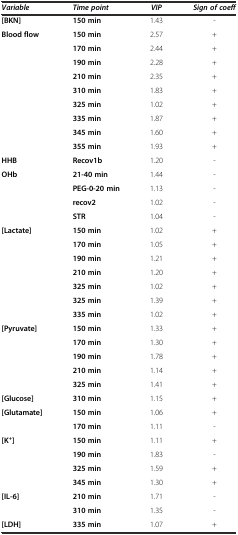
| Variable | Time point | VIP | Sign of coeff |
 | --- | --- | --- | --- |
 | [BKN] | 150 min | 1.43 | - |
 | Blood flow | 150 min | 2.57 | + |
 |  | 170 min | 2.44 | + |
 |  | 190 min | 2.28 | + |
 |  | 210 min | 2.35 | + |
 |  | 310 min | 1.83 | + |
 |  | 325 min | 1.02 | + |
 |  | 335 min | 1.87 | + |
 |  | 345 min | 1.60 | + |
 |  | 355 min | 1.93 | + |
 | HHB | Recov1b | 1.20 | - |
 | OHb | 21-40 min | 1.44 | - |
 |  | PEG-0-20 min | 1.13 | - |
 |  | recov2 | 1.02 | - |
 |  | STR | 1.04 | - |
 | [Lactate] | 150 min | 1.02 | + |
 |  | 170 min | 1.05 | + |
 |  | 190 min | 1.21 | + |
 |  | 210 min | 1.20 | + |
 |  | 325 min | 1.02 | + |
 |  | 325 min | 1.39 | + |
 |  | 335 min | 1.02 | + |
 | [Pyruvate] | 150 min | 1.33 | + |
 |  | 170 min | 1.30 | + |
 |  | 190 min | 1.78 | + |
 |  | 210 min | 1.14 | + |
 |  | 325 min | 1.41 | + |
 | [Glucose] | 310 min | 1.15 | + |
 | [Glutamate] | 150 min | 1.06 | + |
 |  | 170 min | 1.11 | - |
 | [K+] | 150 min | 1.11 | + |
 |  | 190 min | 1.83 | - |
 |  | 325 min | 1.59 | + |
 |  | 345 min | 1.30 | + |
 | [IL-6] | 210 min | 1.71 | - |
 |  | 310 min | 1.35 | - |
 | [LDH] | 335 min | 1.07 | + |